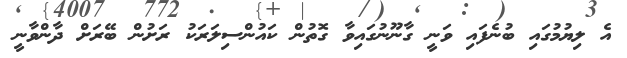
އެ ލިޔުމުގައި ބުނެފައި ވަނީ ގާނޫނުގައިވާ ގޮތުން ކައުންސިލަރަކު ރަށުން ބޭރަށް ދާންވާނީ